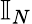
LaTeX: \mathbb{I}_{N}